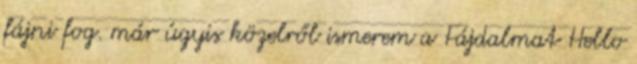
fájni fog. már úgyis közelről ismerem a Fájdalmat Hello